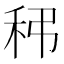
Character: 𥝼